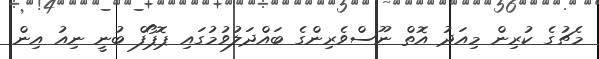
މެޗުގެ ކުރިން މިއަދު އޮތް ނޫސްވެރިންގެ ބައްދަލުވުމުގައި ޕޮޕޯފް ބުނީ ނިއު އިން